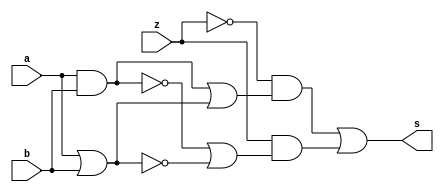
//-----
//Exemplo0033 - F4
//Andre Campolina
//381217
//-----

//-------
//f4_gate
//-------
module f4(output s, input a, input  b, input z);
wire w1;
wire w2;
wire w3;
wire w4;
wire w5;
wire w6;
wire w7;
wire w8;

//--Nand e nor simultaneo
nand nand1(w1,a,b);
nor nor1(w2,a,b);
or or1(w3,w1,w2);

//--and e or simultaneo
and and1(w4,a,b);
or or2(w5,a,b);
or or3(w6,w4,w5);

//--mux
and and2(w7,z,w3);
and and3(w8,!z,w6);
or or4(s,w8,w7);



endmodule

//-------
//Modulo de teste
//-------

module test_f4;

reg x;
reg y;
reg sel;
wire z;

f4 modulo(z,x,y,sel);

initial begin

	$display("Exemplo0033 - Andre Campolina - 381217");
	$display("Test LU's module");
	
	x = 1;
	y = 0;
	sel = 0;
	
	#1 $display("%3b %3b %b %3b",x,y,sel,z);
	
	x = 1;
	y = 1;
	sel = 1;
	
	#1 $display("%3b %3b %3b",x,y,sel,z);
	
end

endmodule